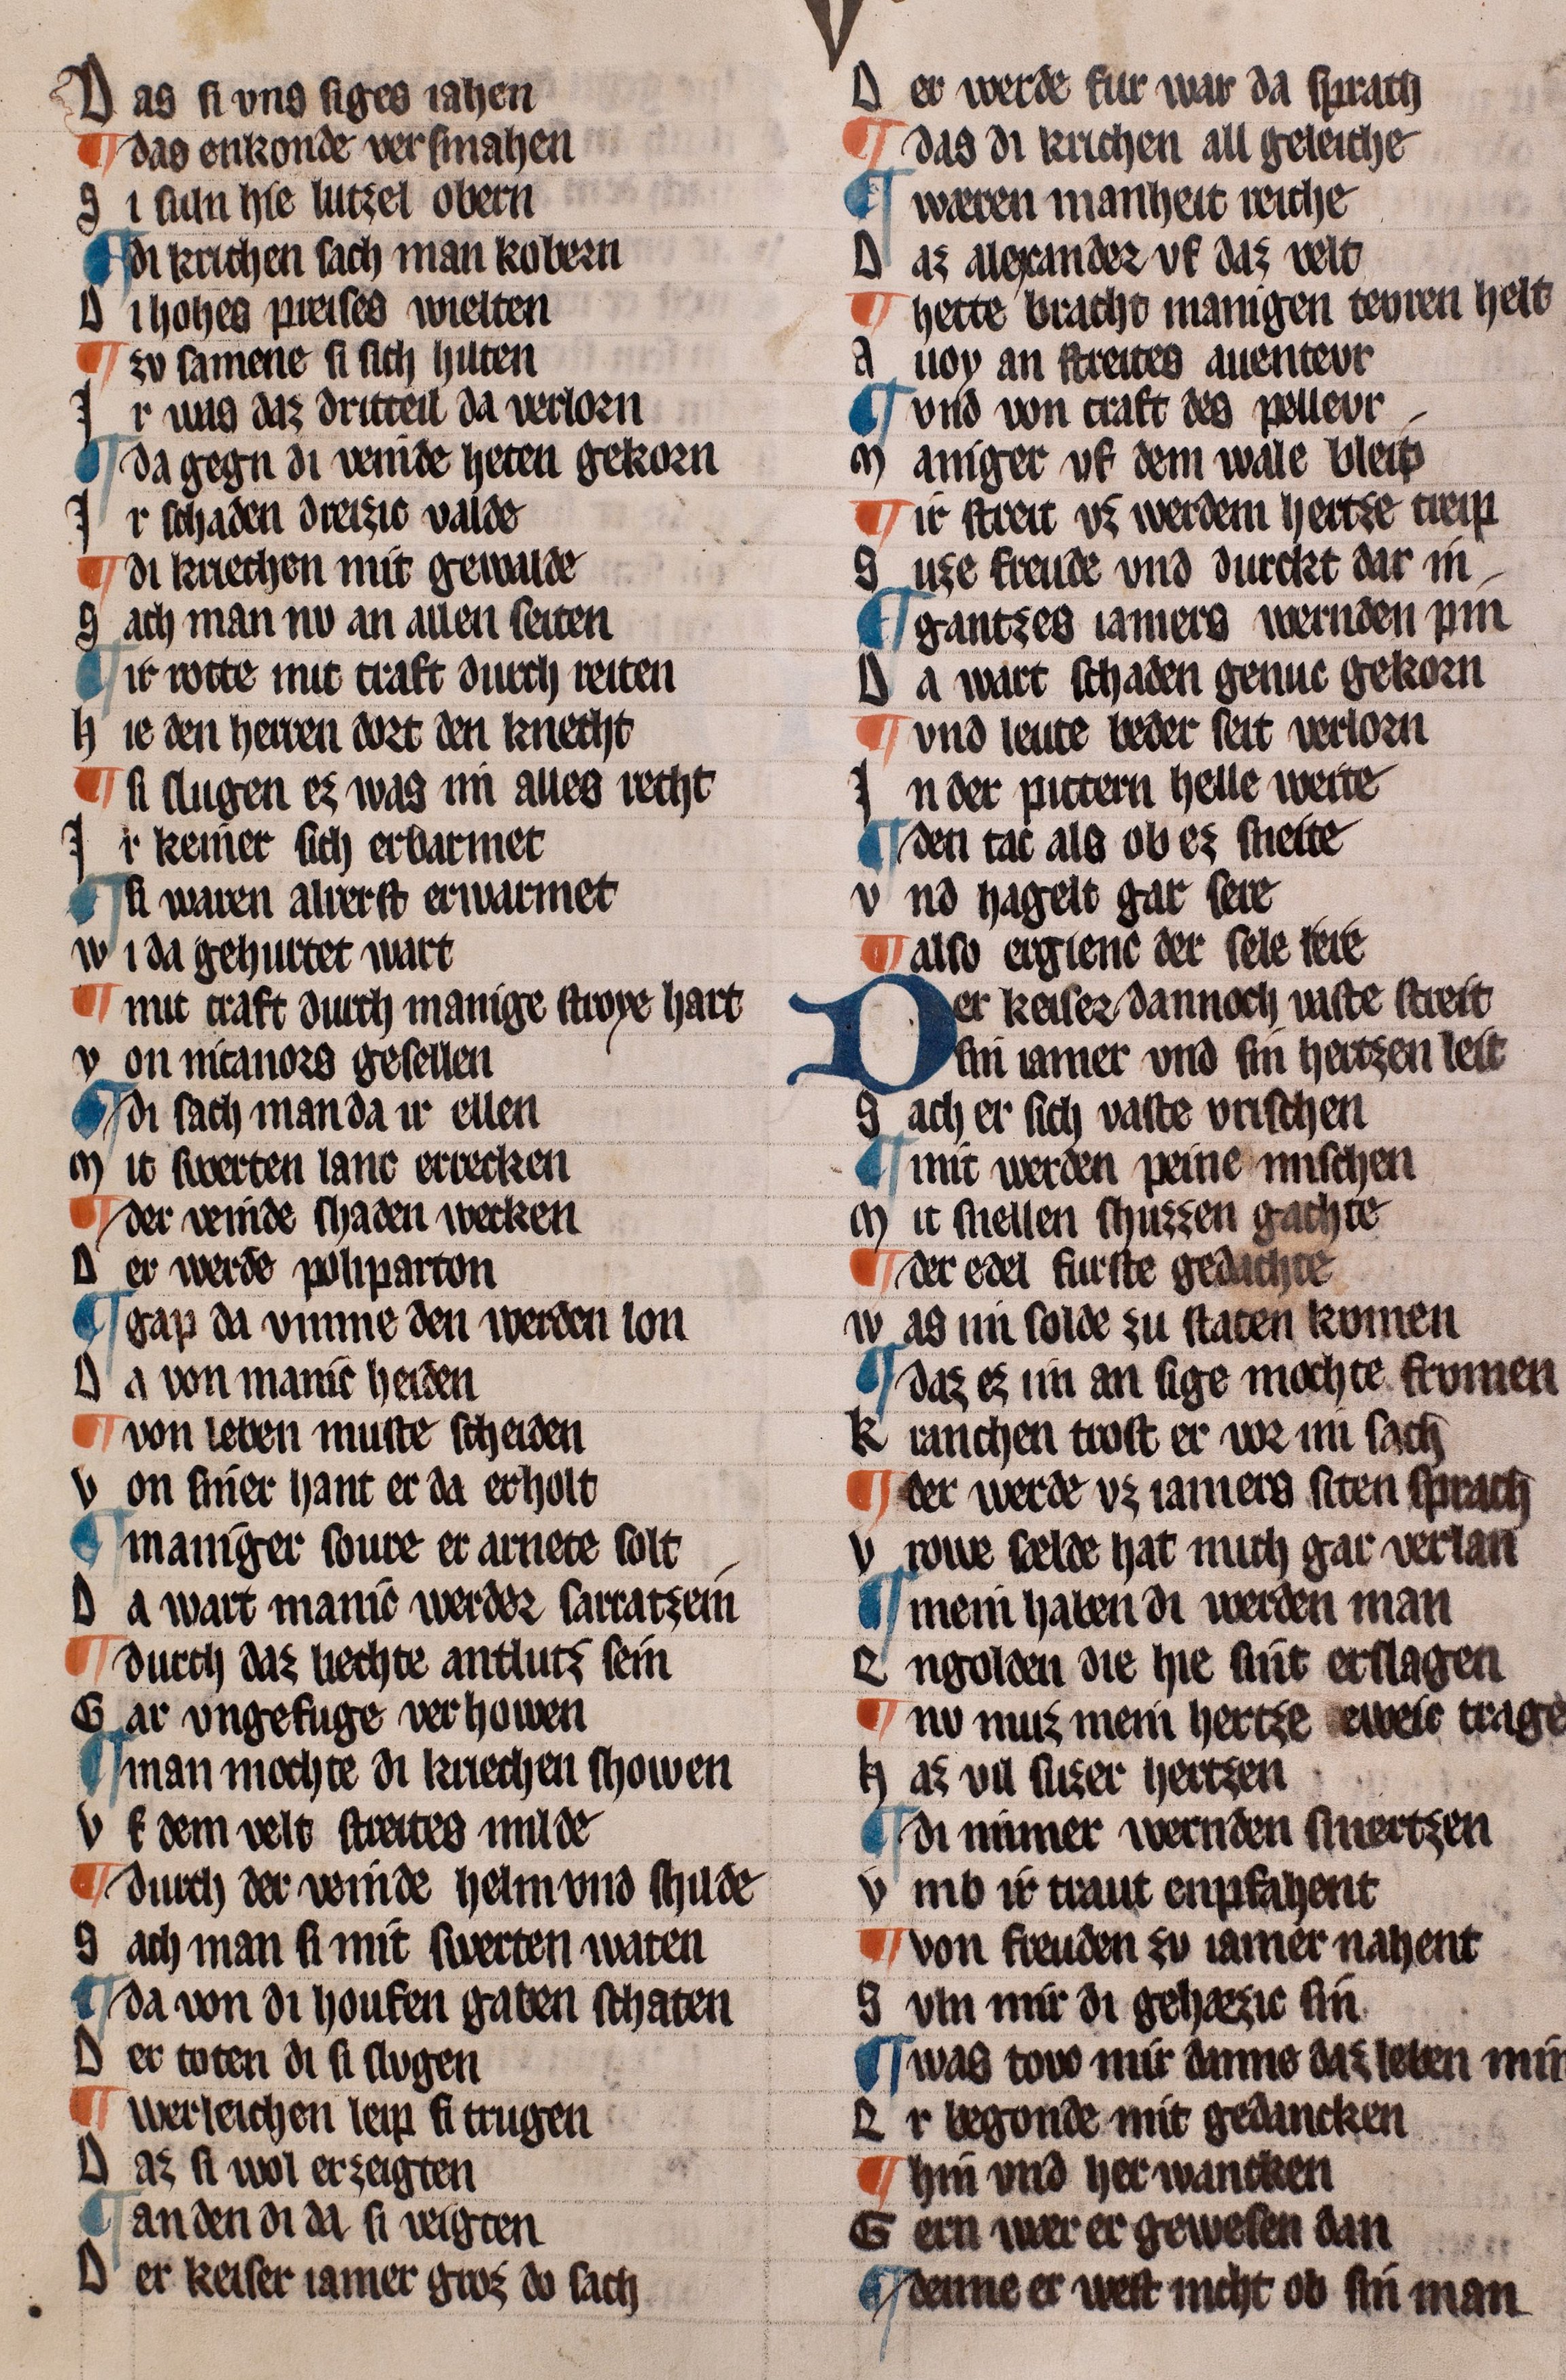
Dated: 1322–1322